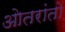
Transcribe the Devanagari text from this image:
ओतरांतो